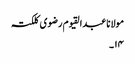
مولانا عبدالقیوم رضوی کلکتہ
۱۴۔